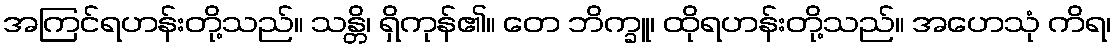
အကြင်ရဟန်းတို့သည်။ သန္တိ၊ ရှိကုန်၏။ တေ ဘိက္ခူ၊ ထိုရဟန်းတို့သည်။ အဟေသုံ ကိရ၊